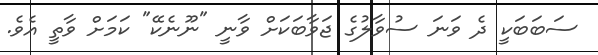
ސަބަބަކީ ދެ ވަނަ ސުވާލުގެ ޖަވާބަކަށް ވާނީ "ނޫނެކޭ" ކަމަށް ވާތީ އެވެ.